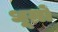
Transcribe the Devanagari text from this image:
धूम्रों